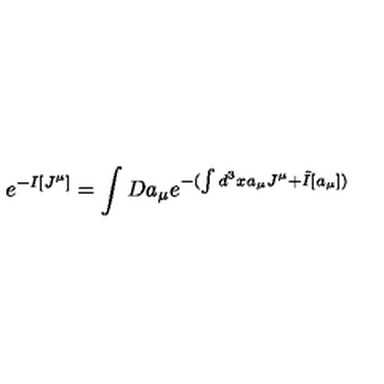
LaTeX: e ^ { - I [ J ^ { \mu } ] } = \int D a _ { \mu } e ^ { - ( \int d ^ { 3 } x a _ { \mu } J ^ { \mu } + \tilde { I } [ a _ { \mu } ] ) }